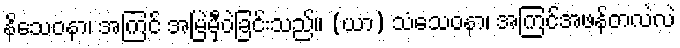
နိသေဝနာ၊ အကြင် အမြဲမှီဝဲခြင်းသည်။ (ယာ) သံသေဝနာ၊ အကြင်အဖန်တလဲလဲ